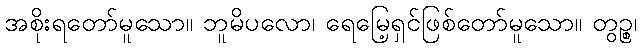
အစိုးရတော်မူသော။ ဘူမိပလော၊ ရေမြေ့ရှင်ဖြစ်တော်မူသော။ တွဉ္စ၊